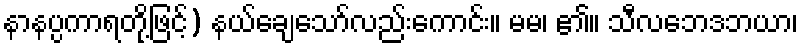
နာနပ္ပကာရတို့ဖြင့်) နယ်ချေသော်လည်းကောင်း။ မမ၊ ၏။ သီလဘေဒဘယာ၊